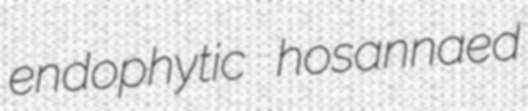
endophytic hosannaed